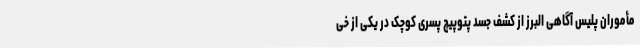
مأموران پلیس آگاهی البرز از کشف جسد پتوپیچ پسری کوچک در یکی از خی